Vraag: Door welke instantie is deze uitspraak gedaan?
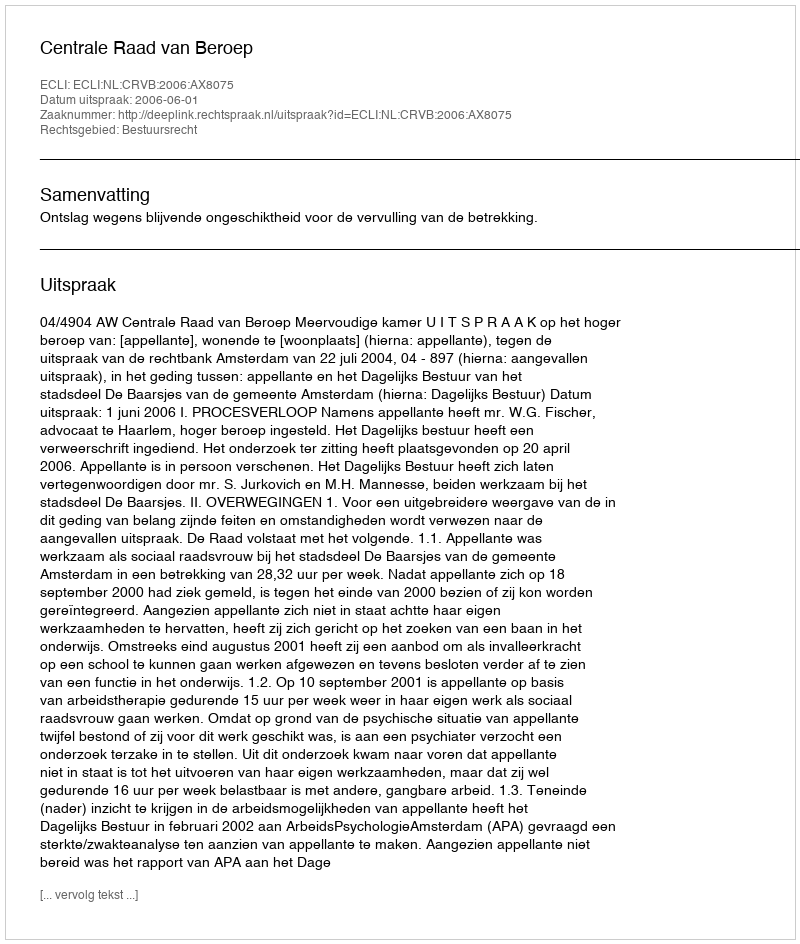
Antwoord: Centrale Raad van Beroep